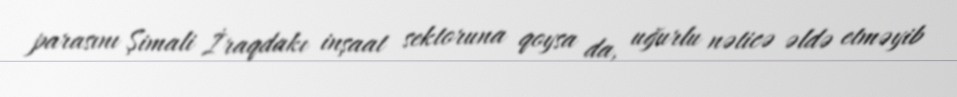
parasını Şimali İraqdakı inşaat sektoruna qoysa da, uğurlu nəticə əldə etməyib